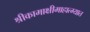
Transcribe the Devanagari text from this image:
श्रीकामाक्षीमाहात्म्यात